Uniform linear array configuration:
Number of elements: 24
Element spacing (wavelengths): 0.25
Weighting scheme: exponential
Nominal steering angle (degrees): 45
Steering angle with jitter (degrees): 46.754
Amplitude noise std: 0.05
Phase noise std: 0.05

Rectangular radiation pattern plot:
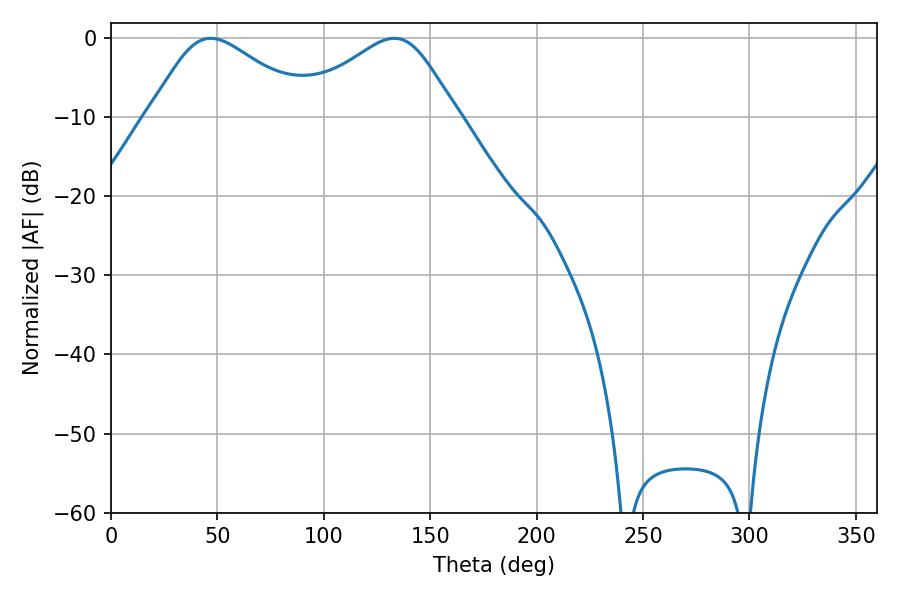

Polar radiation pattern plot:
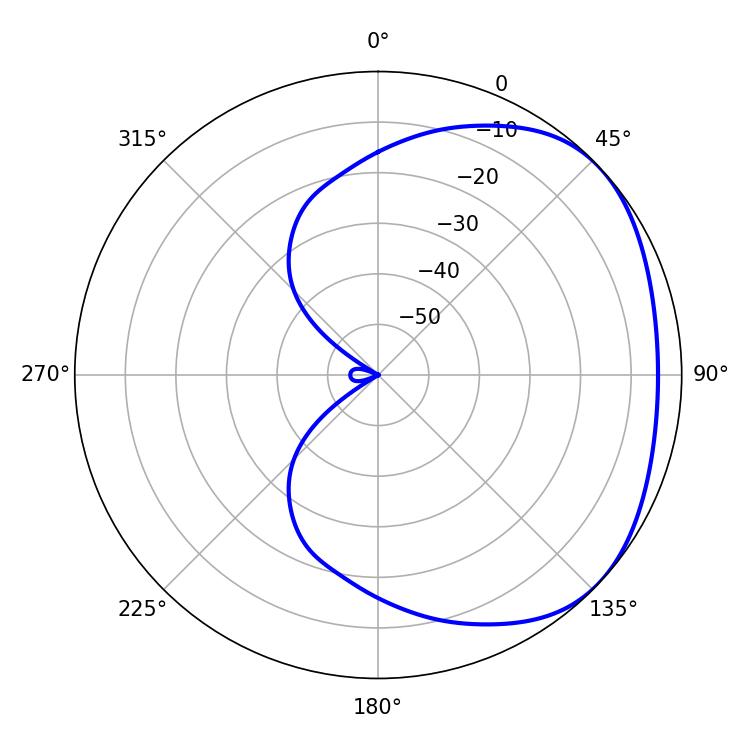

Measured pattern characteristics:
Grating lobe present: FALSE
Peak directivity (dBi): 2.508
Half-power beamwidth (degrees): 37.62
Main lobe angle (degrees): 46.8